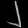
Digit: ၂